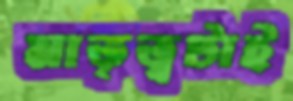
মাতৃত্বটাই